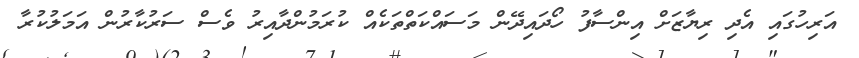
އަރިހުގައި އެދި ރިޔާޒަށް އިންސާފު ހޯދައިދޭން މަސައްކަތްތަކެއް ކުރަމުންދާއިރު ވެސް ސަރުކާރުން އަމަލުކުރާ